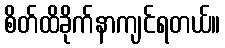
စိတ်ထိခိုက်နာကျင်ရတယ်။